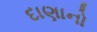
દાણાનો